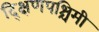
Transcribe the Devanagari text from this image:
द्क्षिणपश्चिमी